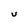
Character: U